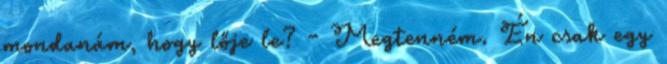
mondanám, hogy lője le? - Megtenném. Én csak egy